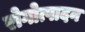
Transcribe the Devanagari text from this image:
रोगोत्पादन